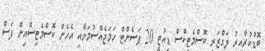
ބޮޑުކުރާއިރު ލަގްޒަރީ ކޮސްމެޓިކްސް ޑިއުޓީ 20 ޕަސެންޓް ހަމަޖެއްސުމަށާއި އެހެން ކޮސްމެޓިސްއިން ފަސް